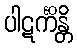
ပါဋင်္ကိန္တိ